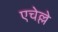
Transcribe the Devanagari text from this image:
एचेल्ले